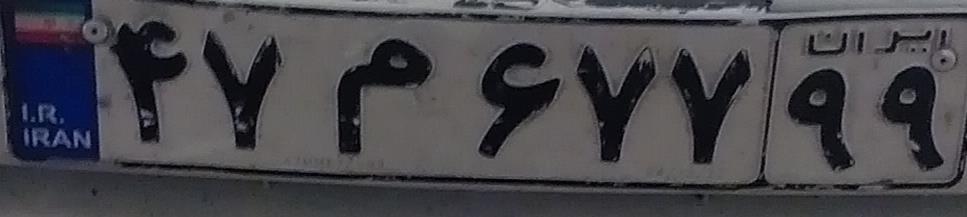
۴۷م۶۷۷۹۹